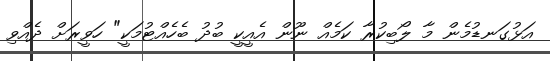
އަޅުގަނޑުމެން މާ ލޯބިކުރާ ކަމެއް ނޫން އެއީކީ ބުދު ބެހެއްޓުމަކީ" ހަވީރަށް ދެއްވި